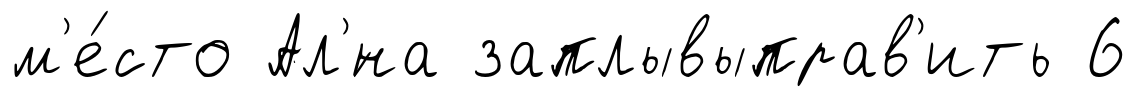
м'е́сто Ал'́на заплывыправ'ить 6